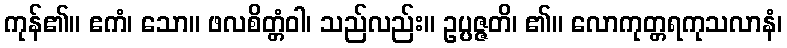
ကုန်၏။ ဧကံ၊ သော။ ဖလစိတ္တံဝါ၊ သည်လည်း။ ဥပ္ပဇ္ဇတိ၊ ၏။ လောကုတ္တရကုသလာနံ၊